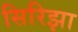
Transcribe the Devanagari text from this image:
सिरिझा